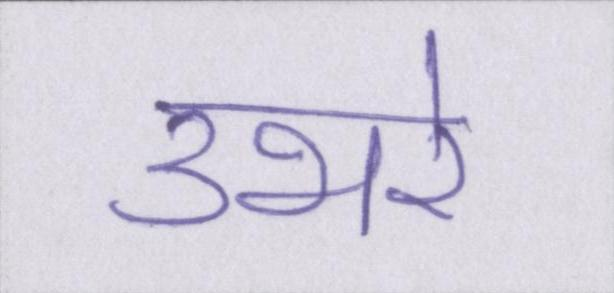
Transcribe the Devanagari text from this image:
उभरे